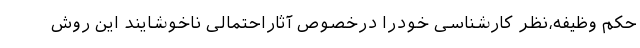
حکم وظیفه،نظر کارشناسی خودرا درخصوص آثاراحتمالی ناخوشایند این روش